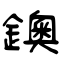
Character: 鐭